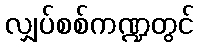
လျှပ်စစ်ကဏ္ဍတွင်